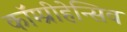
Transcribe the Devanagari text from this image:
कॉम्प्रीहेन्सिव